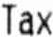
TAX